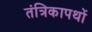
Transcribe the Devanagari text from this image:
तंत्रिकापथों